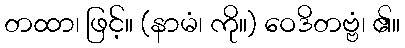
တထာ၊ ဖြင့်။ (နာမံ၊ ကို။) ဝေဒိတဗ္ဗံ၊ ၏။